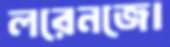
লরেনজো